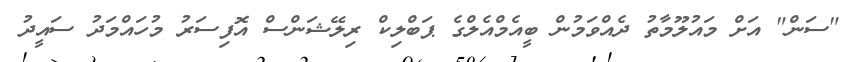
"ސަން" އަށް މައުލޫމާތު ދެއްވަމުން ބީއެމްއެލްގެ ޕަބްލިކް ރިލޭޝަންސް އޮފިސަރު މުހައްމަދު ސައީދު